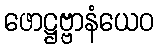
ဖောဋ္ဌဗ္ဗာနံယေဝ